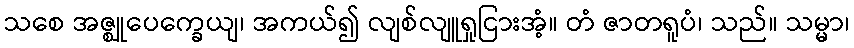
သစေ အဇ္ဈုပေက္ခေယျ၊ အကယ်၍ လျစ်လျူရှုငြားအံ့။ တံ ဇာတရူပံ၊ သည်။ သမ္မာ၊